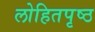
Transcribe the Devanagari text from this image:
लोहितपृष्ठ